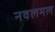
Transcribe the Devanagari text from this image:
नवलमल